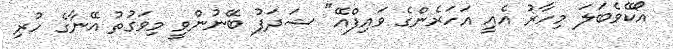
އޯކޭވެބަލަ މިހާރު އެއީ އަހަރެންގެ ވައިފްއޭ" ޝަދަފު ބޭނުންވީ މިވަގުތު އޭނާގެ ހުރި